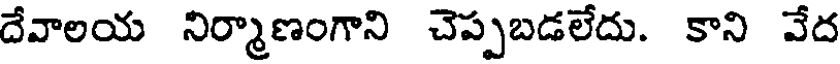
దేవాలయ నిర్మాణంగాని చెప్పబడలేదు. కాని వేద